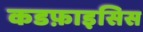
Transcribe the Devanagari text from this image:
कडफ़ाइसिस